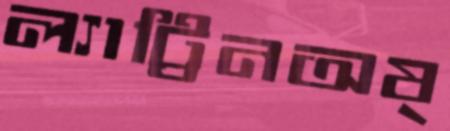
ল্যাট্রিনঅষ্